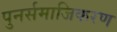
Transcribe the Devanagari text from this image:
पुनर्समाजिकरण